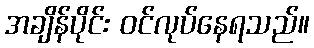
အချိန်ပိုင်း ဝင်လုပ်နေရသည်။